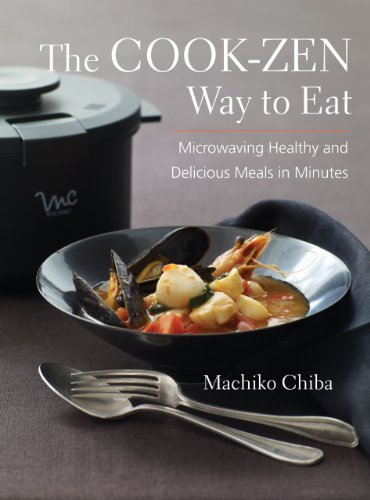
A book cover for The Cook-Zen Way to Eat: Microwaving Healthy and Delicious Meals in Minutes; Machiko Chiba; Cookbooks, Food & Wine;